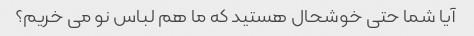
آیا شما حتی خوشحال هستید که ما هم لباس نو می خریم؟